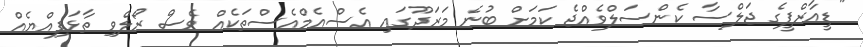
"ޑީއާރްޕީގެ ޖަލްސާ ކެންސަލްވެއްޖެ ކަމަށް ބުނެ މަރަދޫގައި އެސްއެމްއެސްތަކެއް ވެސް ރޯލްވި ތާޅަފިއްޔެއް